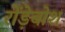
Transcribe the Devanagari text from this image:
रोंड़ेबोश